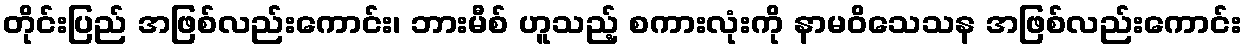
တိုင်းပြည် အဖြစ်လည်းကောင်း၊ ဘားမီစ် ဟူသည့် စကားလုံးကို နာမဝိသေသန အဖြစ်လည်းကောင်း